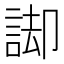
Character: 𮘏